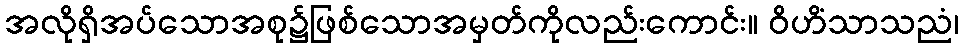
အလိုရှိအပ်သောအစု၌ဖြစ်သောအမှတ်ကိုလည်းကောင်း။ ဝိဟိံသာသညံ၊